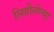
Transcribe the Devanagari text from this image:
लिहीलेल्या्